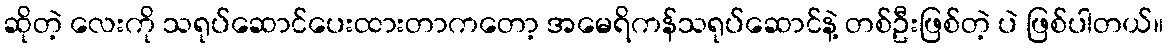
ဆိုတဲ့ လေးကို သရုပ်ဆောင်ပေးထားတာကတော့ အမေရိကန်သရုပ်ဆောင်နဲ့ တစ်ဦးဖြစ်တဲ့ ပဲ ဖြစ်ပါတယ်။